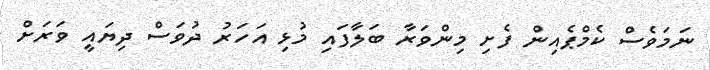
ނަމަވެސް ކެމްޕެއިން ފެށި މިންވަރާ ބަލާފައި މުޅި އަހަރު ދުވަސް ދިޔައީ ވަރަށް